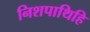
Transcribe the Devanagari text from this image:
निशपाथिहि